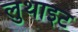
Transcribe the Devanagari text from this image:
लुथाइट